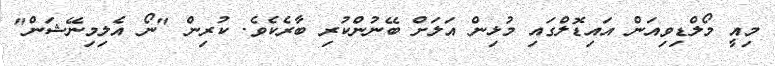
މިއީ މޯލްޑިވިއަން އައިޑޮލްގައި މުޅިން އަލަށް ބޭނުންކުރި ބާރެކެވެ. ކުރިން "ނޯ އެލިމިނޭޝަން"